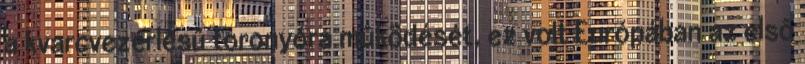
a kvarcvezérlésû toronyóra mûködését, ez volt Európában az elsô